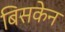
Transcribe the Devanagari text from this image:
बिसकेन